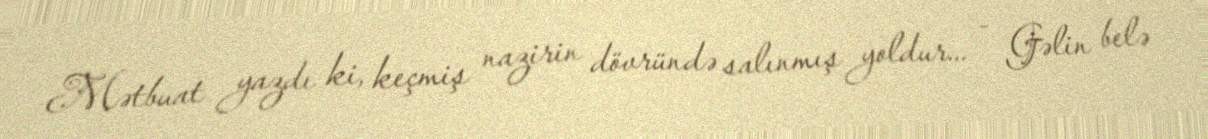
Mətbuat yazdı ki, keçmiş nazirin dövründə salınmış yoldur... - Gəlin belə